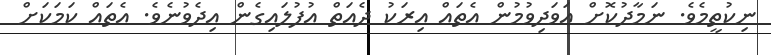
ނިކުތީމެވެ. ނަމާދުކޮށް އަވަދިވުމުން އެތައް އިރަކު ދެއަތް އުފުލައިގެން އިދެވުނެވެ. އެތައް ކަމަކަށް